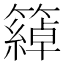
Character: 𥵤